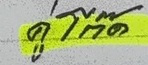
คู่โต๊ด